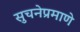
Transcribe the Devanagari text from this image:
सुचनेप्रमाणे